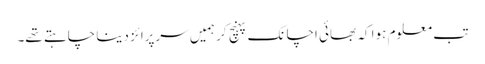
تب معلوم ہوا کہ بھائی اچانک پہنچ کر ہمیں سرپرائز دینا چاہتے تھے۔